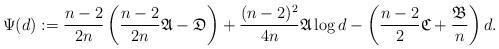
LaTeX: \begin{align*} \Psi(d):=\frac{n-2}{2n}\left(\frac{n-2}{2n}\mathfrak{A}-\mathfrak{D}\right)+\frac{(n-2)^2}{4n}\mathfrak{A} \log d - \left(\frac{n-2}{2}\mathfrak{C}+\frac{\mathfrak{B}}{n}\right) d.\end{align*}